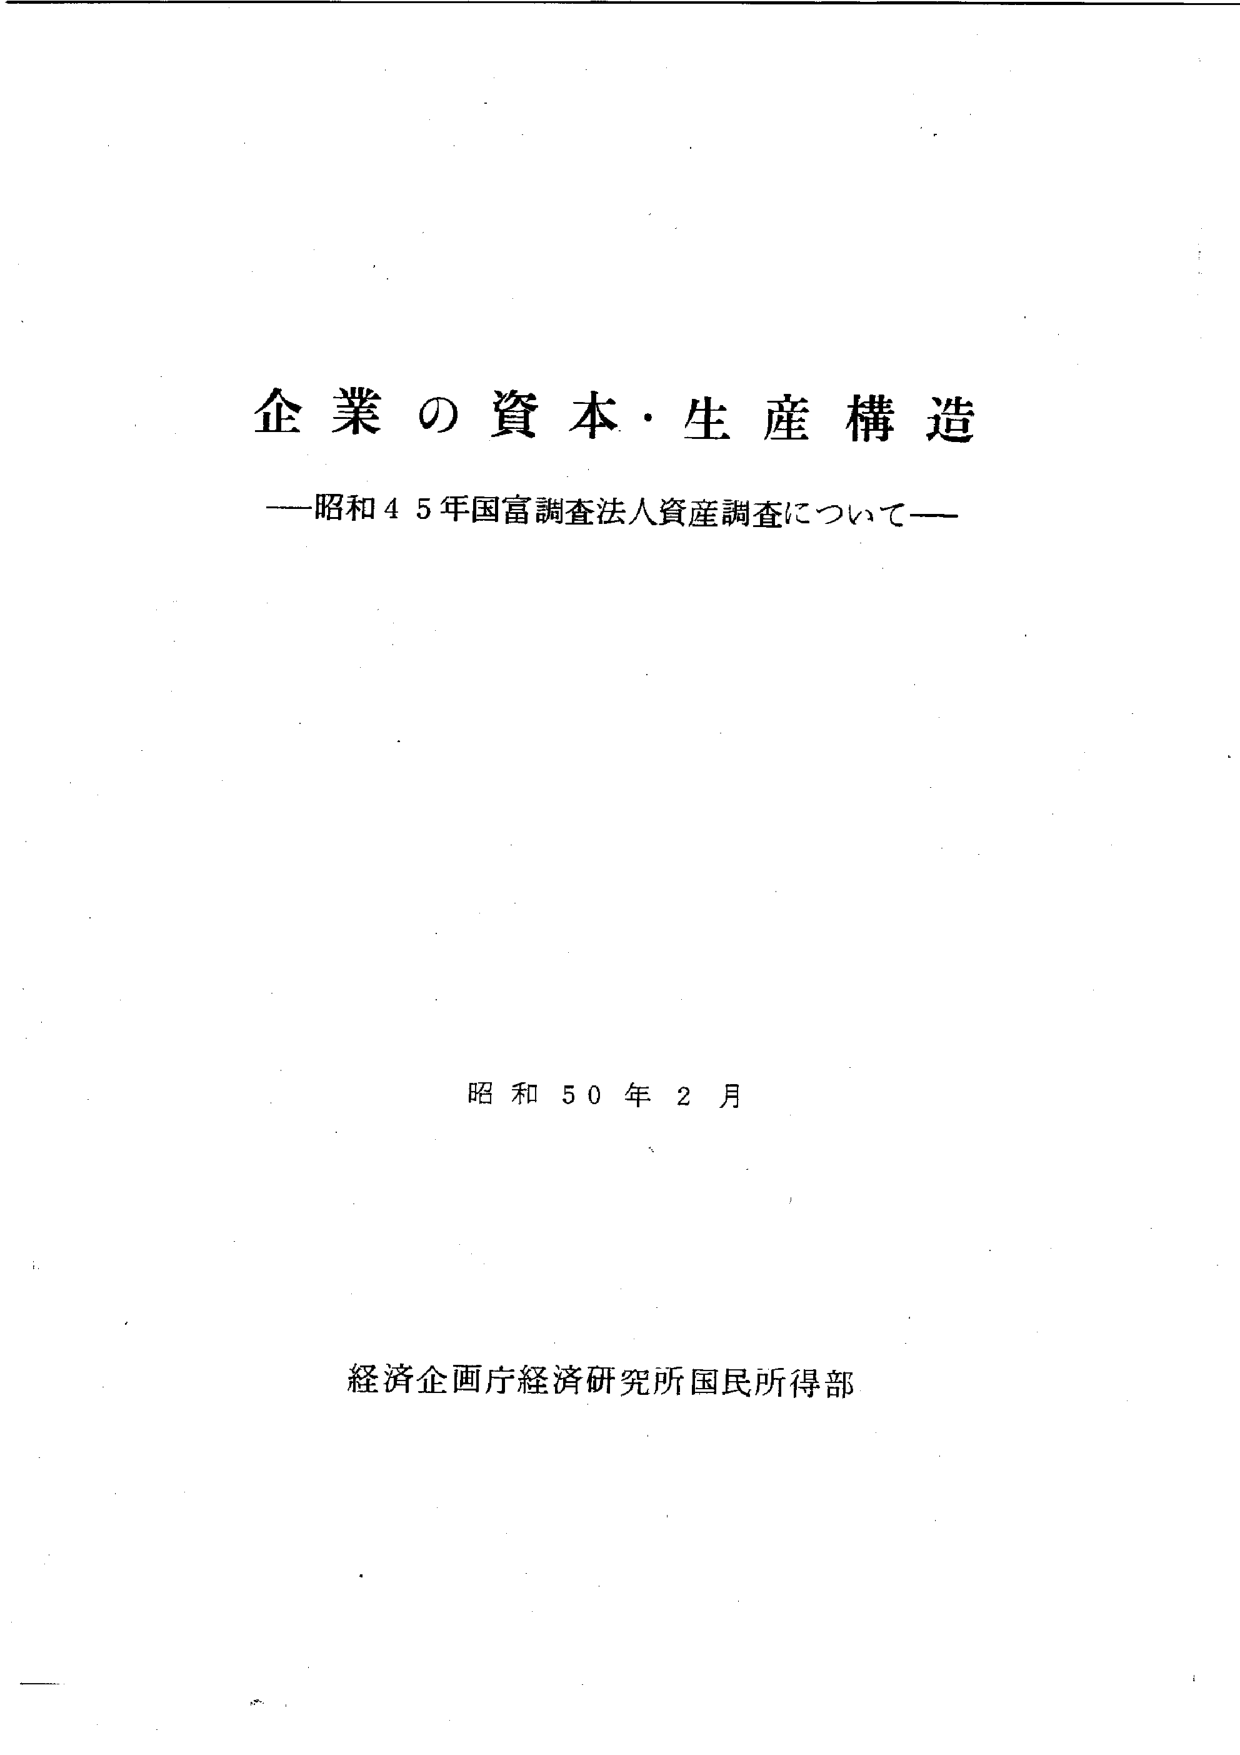
企業の資本・生産構造
—昭和４５年国富調査法人資産調査について—

昭和５０年２月

経済企画庁経済研究所国民所得部